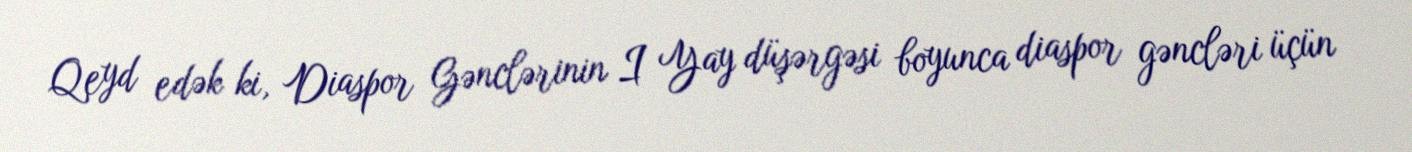
Qeyd edək ki, Diaspor Gənclərinin I Yay düşərgəsi boyunca diaspor gəncləri üçün